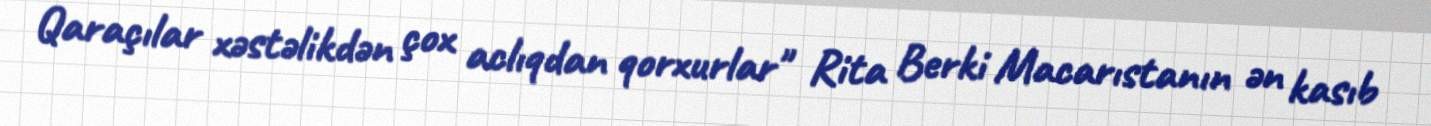
Qaraçılar xəstəlikdən çox aclıqdan qorxurlar" Rita Berki Macarıstanın ən kasıb